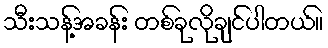
သီးသန့်အခန်း တစ်ခုလိုချင်ပါတယ်။